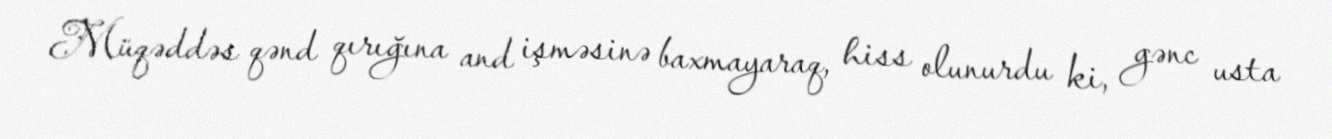
Müqəddəs qənd qırığına and işməsinə baxmayaraq, hiss olunurdu ki, gənc usta